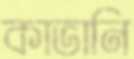
কাভানি